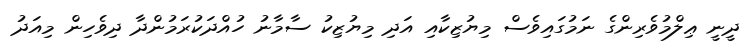
ދީނީ ޢިލްމުވެރިންގެ ނަމުގައިވެސް މިޔުޒިކާއި އަދި މިޔުޒިކު ސާމާނު ހުއްދަކުރަމުންދާ ދިވެހިން މިއަދު